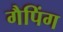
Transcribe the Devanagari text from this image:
गैपिंग